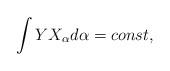
LaTeX: \begin{align*} \int Y X_\alpha d\alpha = const,\end{align*}